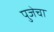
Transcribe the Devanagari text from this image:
पुजेचा